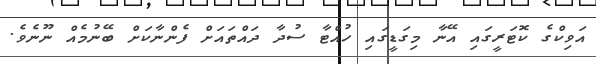
އަވިކްގެ ކޮޓަރީގައި އޭނާ މިގަޑީގައި ހުއްޓާ ސުދާ ދައްތައަށް ފެންނާކަށް ބޭނުމެއް ނޫނެވެ.